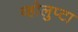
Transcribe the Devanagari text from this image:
व्होलुप्टा